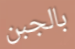
بالجبن